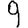
Digit: 9